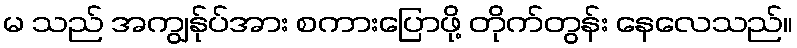
မ သည် အကျွန်ုပ်အား စကားပြောဖို့ တိုက်တွန်း နေလေသည်။